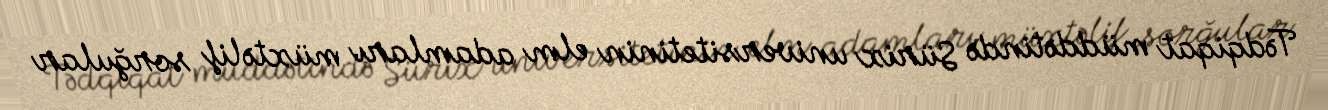
Tədqiqat müddətində Sürix universitetinin elm adamları müxtəlif sorğular